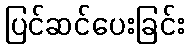
ပြင်ဆင်ပေးခြင်း